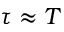
\tau \approx T